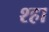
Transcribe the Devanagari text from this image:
श्हा